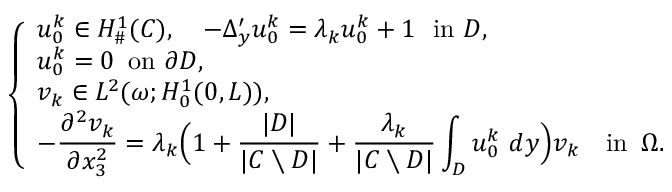
\left\{ \begin{array} { l l } { u _ { 0 } ^ { k } \in H _ { \# } ^ { 1 } ( C ) , \quad \displaystyle - \Delta _ { y } ^ { \prime } u _ { 0 } ^ { k } = \lambda _ { k } u _ { 0 } ^ { k } + 1 \, \, \, \, \mathrm { i n } \, \, D , } \\ { u _ { 0 } ^ { k } = 0 \, \, \, \mathrm { o n } \, \, \partial D , } \\ { v _ { k } \in L ^ { 2 } ( \omega ; H _ { 0 } ^ { 1 } ( 0 , L ) ) , } \\ { \displaystyle - \frac { \partial ^ { 2 } v _ { k } } { \partial x _ { 3 } ^ { 2 } } = \lambda _ { k } \Bigl ( 1 + \frac { \vert D \vert } { \vert C \setminus D \vert } + \frac { \lambda _ { k } } { \vert C \setminus D \vert } \displaystyle \int _ { D } u _ { 0 } ^ { k } \ d y \Bigr ) v _ { k } \quad \mathrm { i n } \, \, \, \Omega . } \end{array} \right.